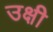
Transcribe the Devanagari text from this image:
उक्षी